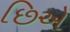
છિએ